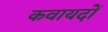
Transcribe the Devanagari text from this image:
कवायदों